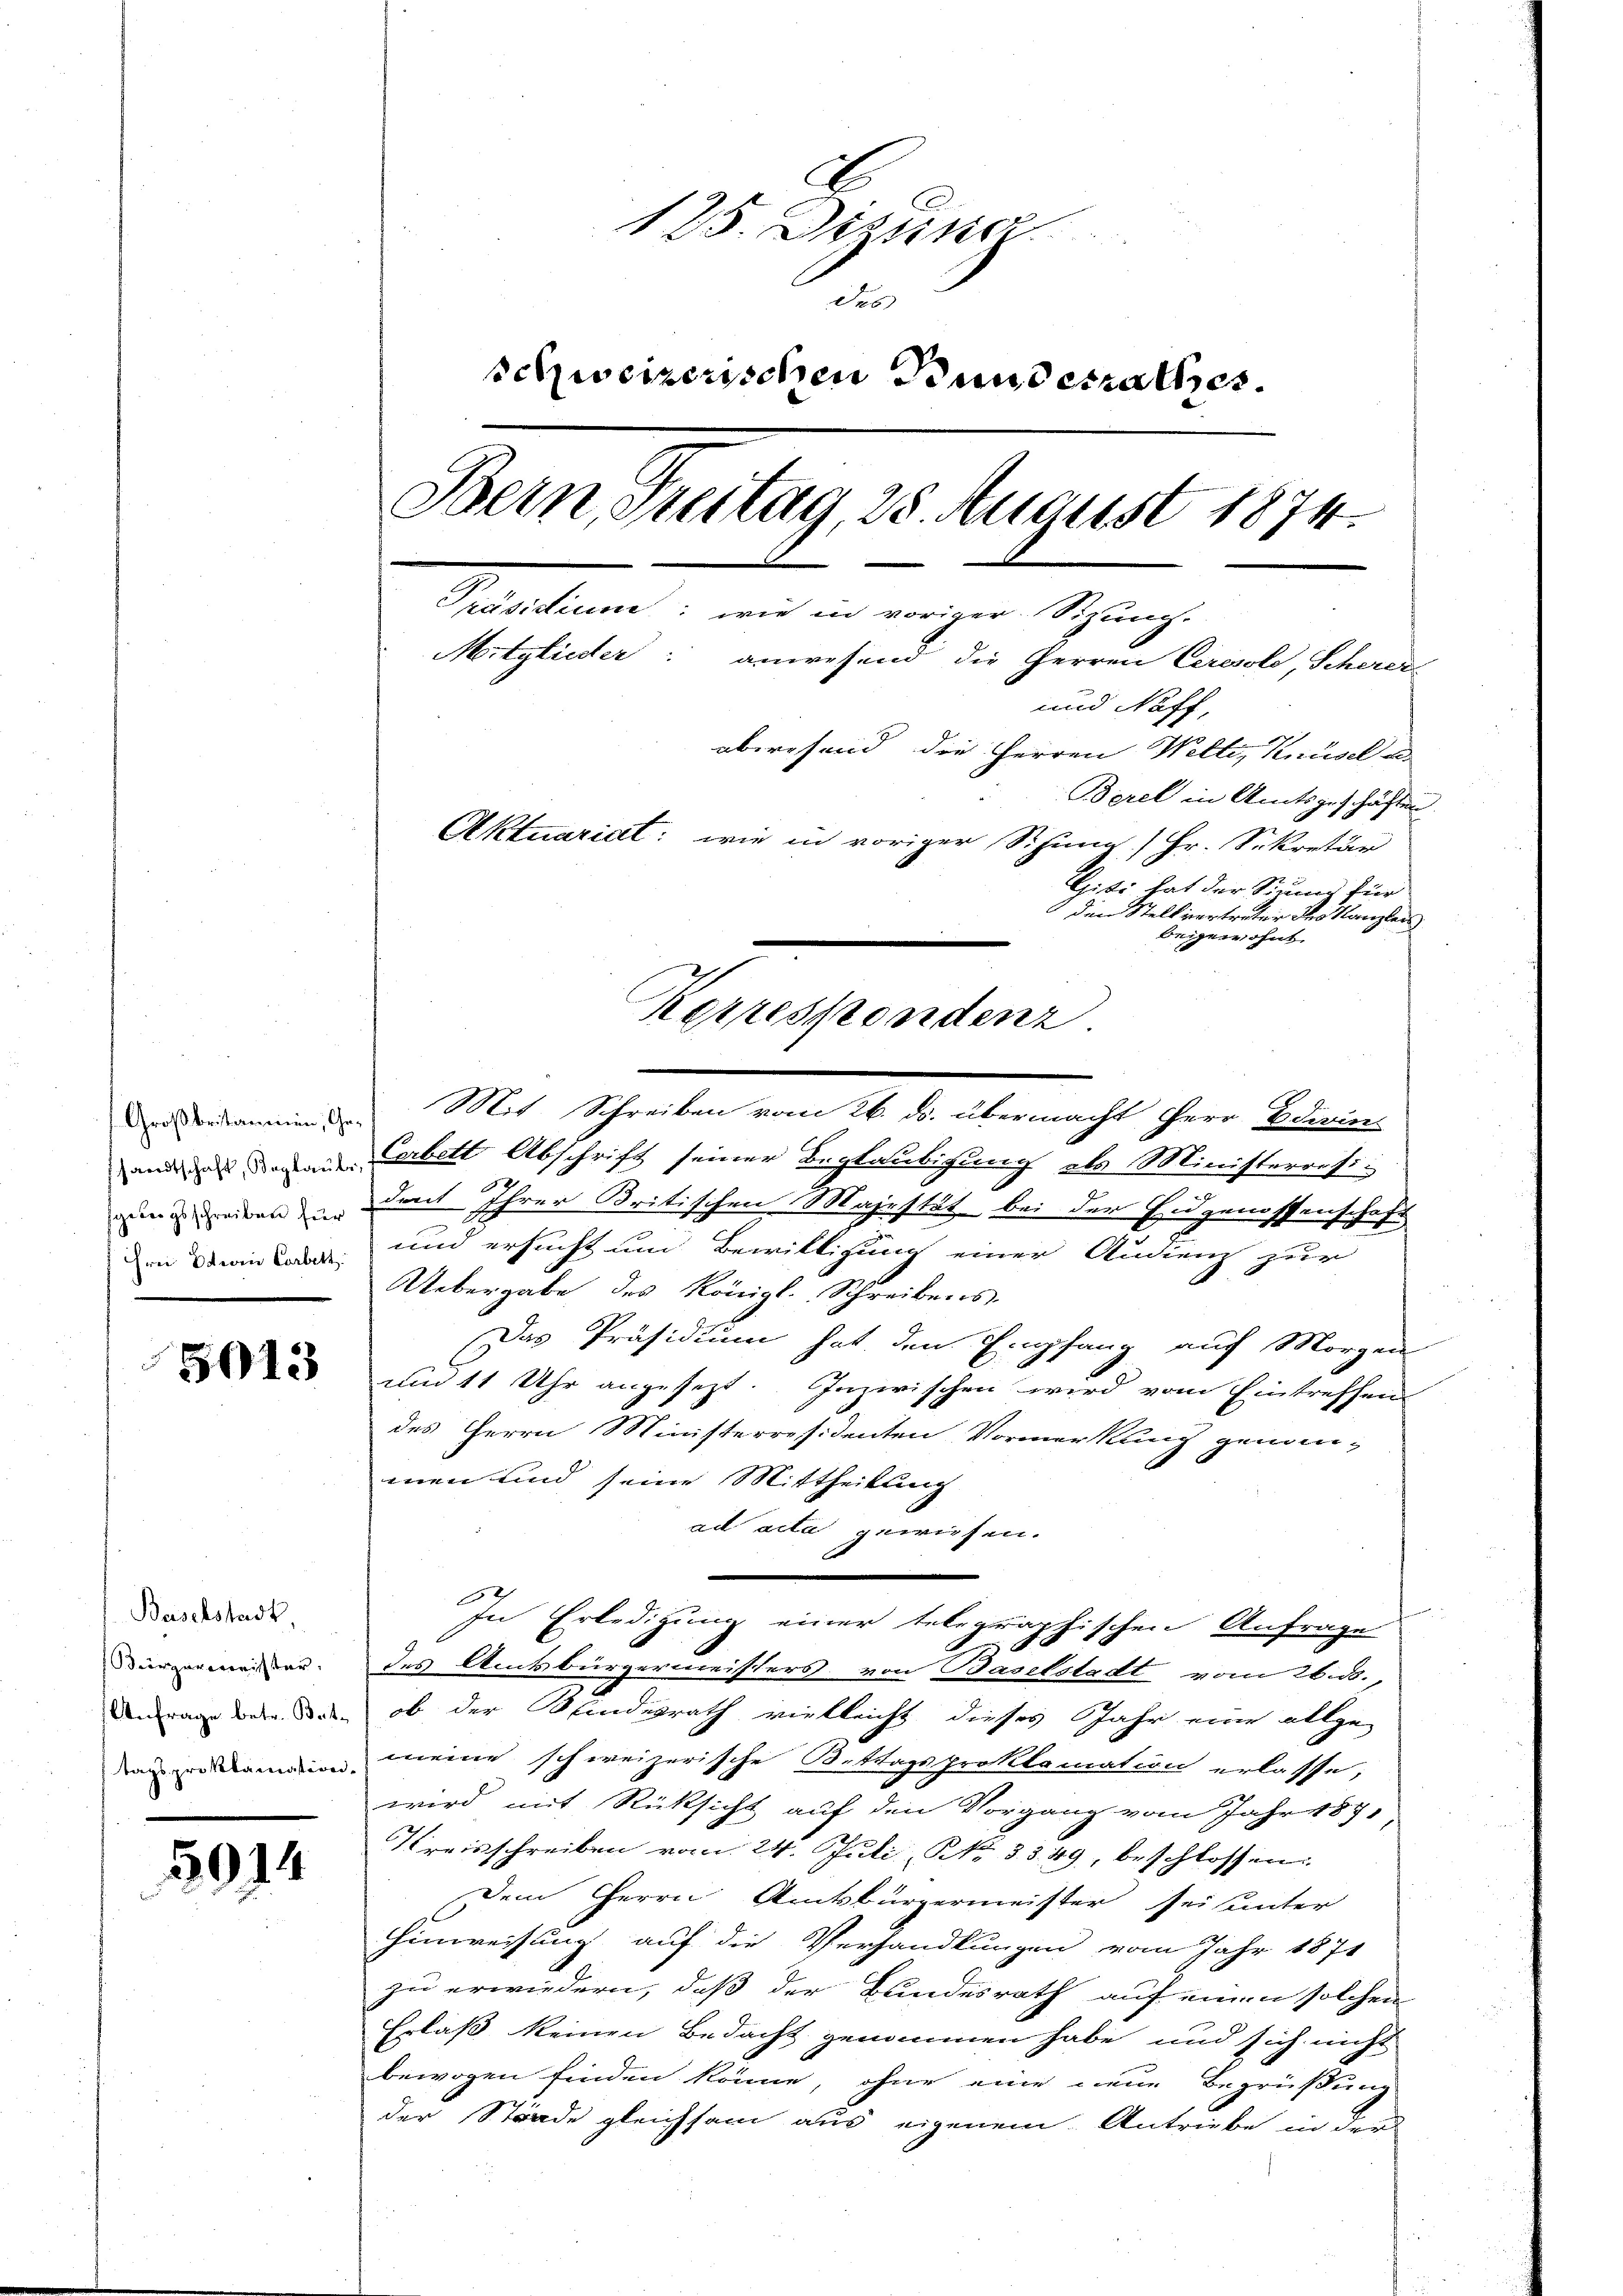
Frei Etien Corbitt

5013

Baselstadt,
Bürgermeister,
tagsproklamation.

5914

A
125. Dezna
des
schweizerischen Bundesrathes.
Bein, Freitag, 28. August 1874.
Pedanken, wie in voriger Spang
Mitglieder: anwesend die Herren Ceresole, Scherer
und Neff,
abersend die Herren Welte, Knüsel u.
Borel in Amtsgeschäften.
Aktuariat: wie in voriger Sitzung / Hr. Sekretär
Liti hat der Sirung für
1 den Stellvertreter des Kanzlei
beigewohnt.
Korrespondenz

und denen Verbett Abschrift seiner Beglaubigung als Ministerresi-
ruine einen in dent Ihrer Britischen Majestät bei der Engenossenschaft
und ersucht um Bewilligung einer Audienz zur
Uebergabe des Königl. Schreibens
Das Präsidium hat den Empfang auf Morgen
und 11 Uhr angesezt. Inzwischen wird vom Eintreffen
des Herrn Ministerresidenten Vormerkung genom-
enen und seine Mittheilung
ad acta gewiesen.
In Erledigung einer telegraphischen Anfrage
.
2
des Amtsbürgermeisters von Baselstadt vom 26. ds.,
dnrage dere des ob der Blindesrath vielleicht dieses Jahr eine allge-
meine schweizerische Bittagsproklamation erlasse,
wird mit Rücksicht auf den Vorgang vom Jahr 187
Kreisschreiben vom 24. Juli, N. 3349, beschlossen:
Dem Herrn Amtsbürgermeister sei unter
Hinweisung auf die Verhandlungen vom Jahr 1871
zu erwiedern, daß der Bundesrath auf einen solchen
Erlaß keinen Bedacht genommen habe und sich nicht
bewogen finden könne, ohne eine neue Begrüßung
der Strade gleichsam aus eigenem Antriebe in der

edanien d. Mit Schreiben vom 26. ds. übermacht Herr Edu